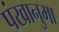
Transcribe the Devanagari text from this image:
पंखानुमा